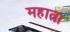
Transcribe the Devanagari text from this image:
महात्ना